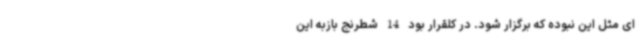
ای مثل این نبوده که برگزار شود. در کلقرار بود 14 شطرنج بازبه این